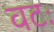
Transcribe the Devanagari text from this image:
वटः